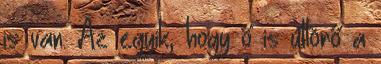
is van. Az egyik, hogy ő is úttörő a